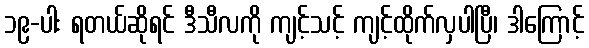
၁၉-ပါး ရတယ်ဆိုရင် ဒီသီလကို ကျင့်သင့် ကျင့်ထိုက်လှပါပြီ၊ ဒါကြောင့်